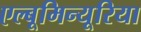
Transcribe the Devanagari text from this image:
एल्बूमिन्यूरिया